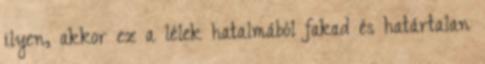
ilyen, akkor ez a lélek hatalmából fakad és határtalan